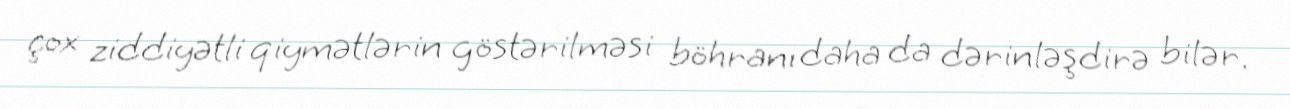
çox ziddiyətli qiymətlərin göstərilməsi böhranı daha da dərinləşdirə bilər.